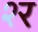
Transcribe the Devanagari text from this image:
श्‍र